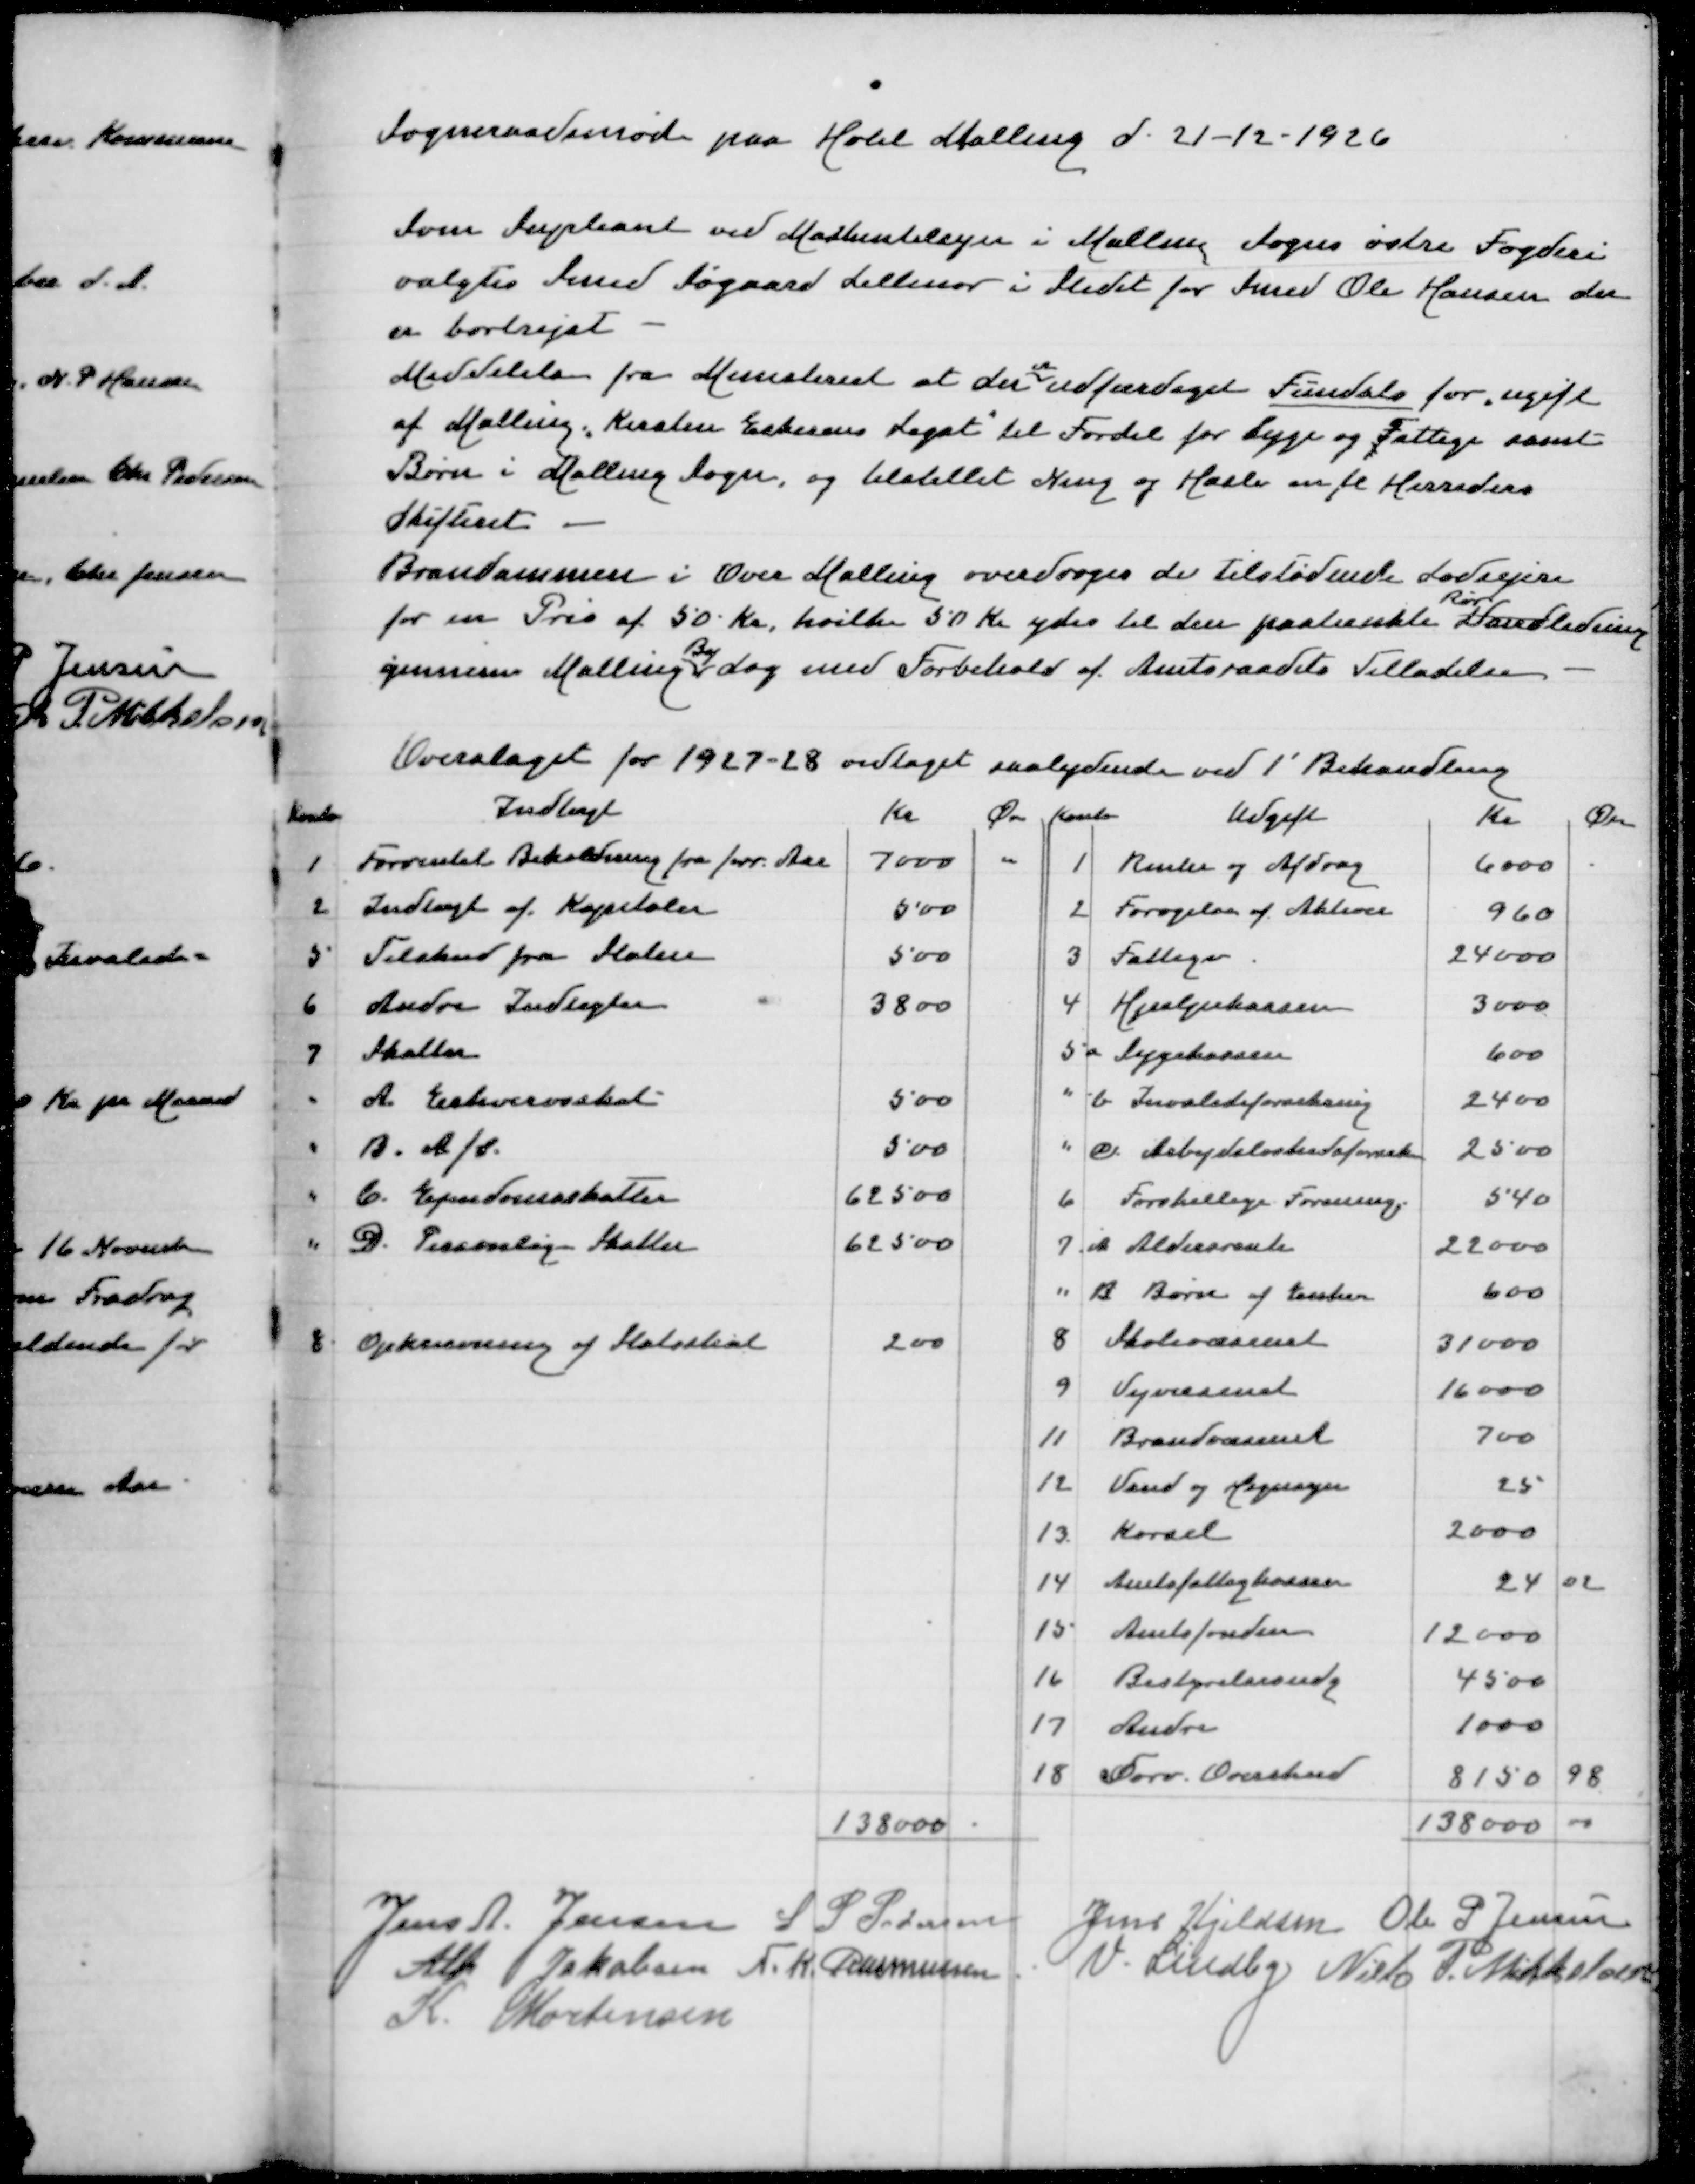
Transskription:
Sogneraadsmøde paa Hotel Malling den 21-12-1926

Som Supleant ved Maskintilsyn i Malling Sogns østre Fogderi
valgtes Svend Søgaard Lillenor i Stedet for Smed Ole Hansen der
er bortrejst
er
Meddelelse fra Ministeriet at der udfærdiget Fundats for ugift
af Malling " Kirsten Eskesens Legat" til Fordel for Syge og Fattige samt
Børn i Malling Sogn, og tilstillet Ning og Hasle m fl Herreders
Skifteret
Branddammen i Over Malling overdroges de tilstødende Lodsejere
Rør-
for en Pris af 50 kr, hvilke 50 Kr ydes til den påtænkte Vandledning
By
gennem Malling dog med Forbehold af Amtsraadets Tilladelse

Overslaget for 1927-28 vedtaget saalydende ved 1' Behandling

Jens A Jensen
S P Pedersen
Jens Kjeldsen
Ole P Jensen
Alfr Jakobsen
N K Rasmussen
V Lindby
Niels P Mikkelsen
K Mortensen